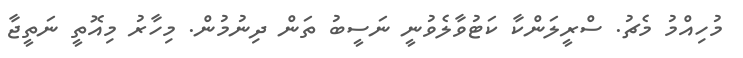
މުހިއްމު މެޗު. ސްރީލަންކާ ކަޓުވާލެވުނީ ނަސީބު ތަން ދިނުމުން. މިހާރު މިއޮތީ ނަތީޖާ